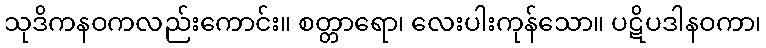
သုဒိကနဝကလည်းကောင်း။ စတ္တာရော၊ လေးပါးကုန်သော။ ပဋိပဒါနဝကာ၊